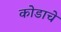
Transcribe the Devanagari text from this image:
कोडाचे